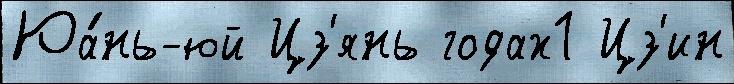
Юа́нь-юй Цз'янь годах1 Цз'ин